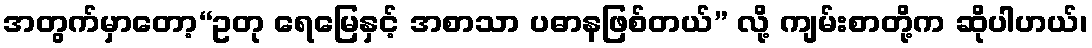
အတွက်မှာတော့“ဥတု ရေမြေနှင့် အစာသာ ပဓာနဖြစ်တယ်” လို့ ကျမ်းစာတို့က ဆိုပါဟယ်၊